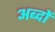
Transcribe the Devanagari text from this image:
अब्दों